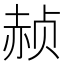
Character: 赪